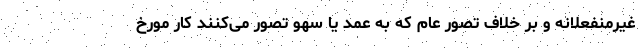
غیرمنفعلانه و بر خلاف تصور عام که به عمد یا سهو تصور می‌کنند کار مورخ